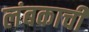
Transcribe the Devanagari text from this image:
लंबकाची